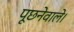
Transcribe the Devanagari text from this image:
पूछनेवाले।